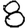
Digit: 8